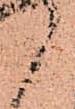
々